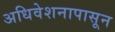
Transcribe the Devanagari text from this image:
अधिवेशनापासून